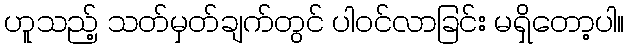
ဟူသည့် သတ်မှတ်ချက်တွင် ပါဝင်လာခြင်း မရှိတော့ပါ။